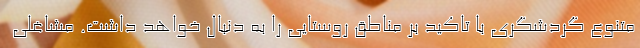
متنوع گردشگری با تاکید بر مناطق روستایی را به دنبال خواهد داشت. مشاغلی